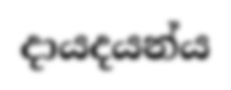
දායදයන්ය